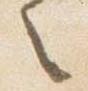
々